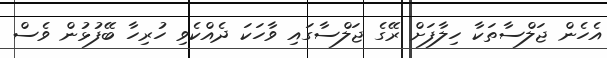
އެހެން ޖަލްސާތަކާ ހިލާފަށް ރޭގެ ޖަލްސާގައި ވާހަކަ ދެއްކެވި ހުރިހާ ބޭފުޅުން ވެސް